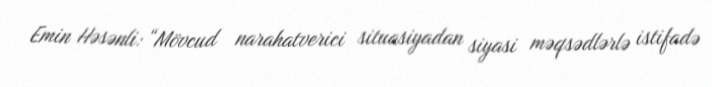
Emin Həsənli: “Mövcud narahatverici situasiyadan siyasi məqsədlərlə istifadə